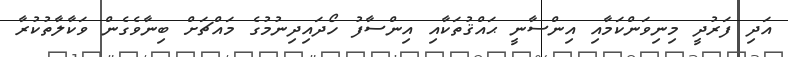
އަދި ފަރުދީ މިނިވަންކަމާއި އިންސާނީ ޙައްޤުތަކާއި އިންސާފު ހޯދައިދިނުމުގެ މައްޗަށް ބިނާވެގެން ވަކާލާތުކުރާ